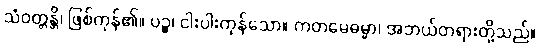
သံဝတ္တန္တိ၊ ဖြစ်ကုန်၏။ ပဉ္စ၊ ငါးပါးကုန်သော။ ကတမေဓမ္မာ၊ အဘယ်တရားတို့သည်။